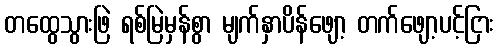
တထွေသွားဖြဲ ရစ်မြဲမှန်စွာ မျက်နှာပိန်ဖျော့ တက်ဖျော့ပင့်ငြား